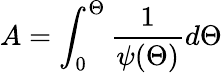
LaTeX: A=\int_{0}^{\Theta}\frac{1}{\psi(\Theta)}d\Theta